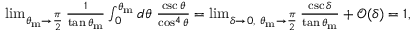
\begin{array} { r } { \operatorname* { l i m } _ { \theta _ { \mathrm { m } } \rightarrow \frac { \pi } { 2 } } \frac { 1 } { \tan \theta _ { \mathrm { m } } } \int _ { 0 } ^ { \theta _ { \mathrm { m } } } d \theta \ \frac { \csc \theta } { \cos ^ { 4 } \theta } = \operatorname* { l i m } _ { \delta \rightarrow 0 , ~ \theta _ { \mathrm { m } } \rightarrow \frac { \pi } { 2 } } \frac { \csc \delta } { \tan \theta _ { \mathrm { m } } } + \mathcal { O } ( \delta ) = 1 , } \end{array}